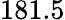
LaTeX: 181.5